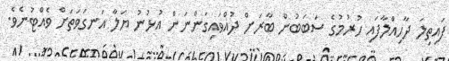
ފައިތިލަ ދާހިއްލާފައި ހުރުމުގެ ސަބަބުން ބާރަށް ދުއްވައިގަންނަން އުޅުނު ޔަލާ އަނގަވަތަށް ވެއްޓުނެވެ.